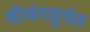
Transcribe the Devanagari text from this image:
वीवंगहुवंत